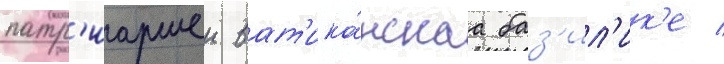
патр'иаршеи ват'ика́нскаа баз'ил'ик'е /